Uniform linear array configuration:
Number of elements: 64
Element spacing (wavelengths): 1
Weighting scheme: blackman
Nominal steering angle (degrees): -45
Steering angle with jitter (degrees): -45.202
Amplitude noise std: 0.05
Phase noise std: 0.05

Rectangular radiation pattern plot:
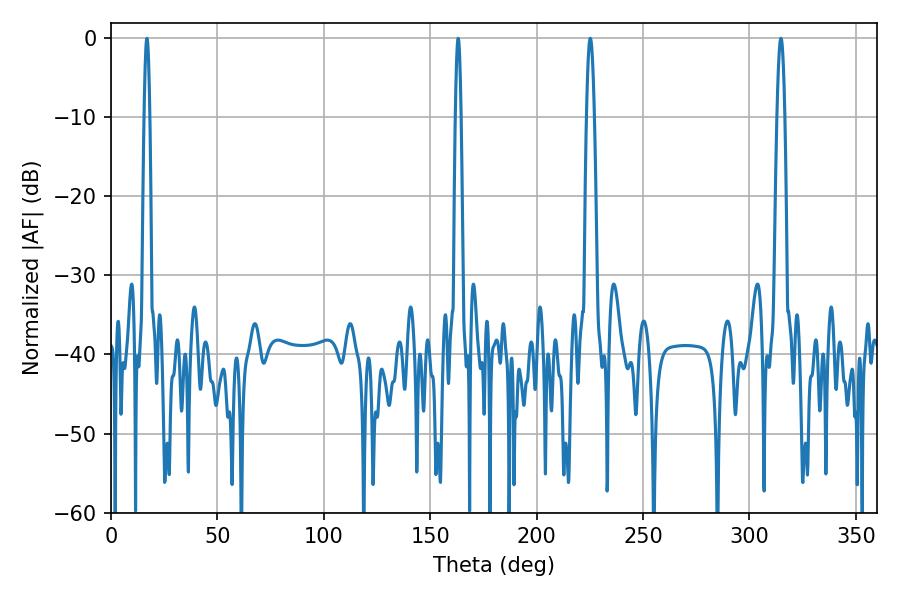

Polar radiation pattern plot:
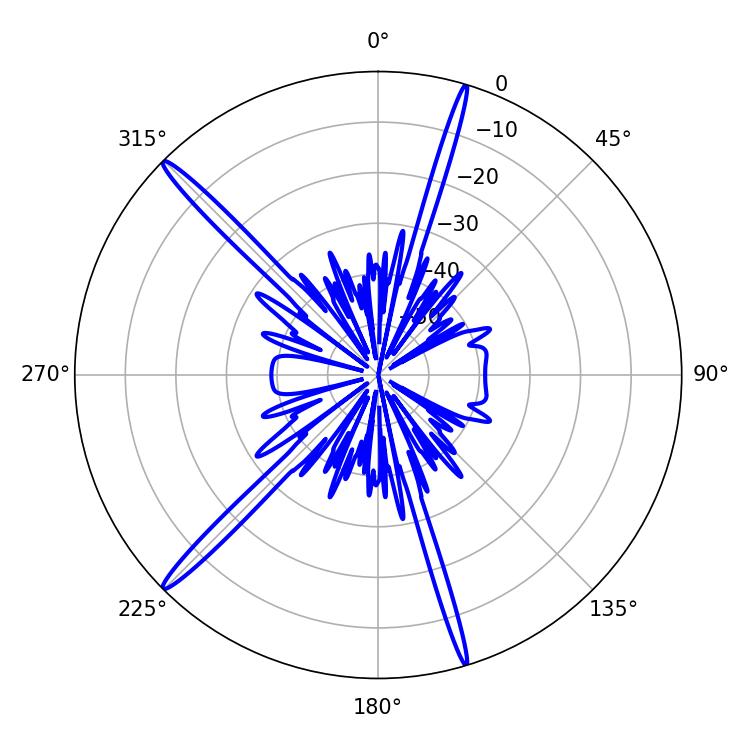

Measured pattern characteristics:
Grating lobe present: TRUE
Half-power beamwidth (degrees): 1.98
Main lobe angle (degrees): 225.18